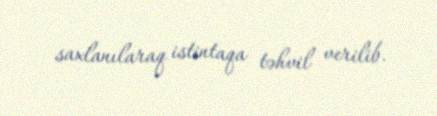
saxlanılaraq istintaqa təhvil verilib.